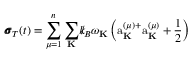
{ \pmb \sigma } _ { T } ( t ) = \sum _ { \mu = 1 } ^ { n } \sum _ { \bf K } { \slash \! \! \! k } _ { \! { B } } \omega _ { \bf K } \left( \mathrm { a } _ { \bf K } ^ { ( \mu ) + } \mathrm { a } _ { \bf K } ^ { ( \mu ) } + \frac { 1 } { 2 } \right)